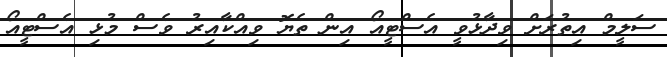
ސަލީމް އިތުރަށް ވިދާޅުވީ އެސްޓީއޯ އިން ތެޔޮ ވިއްކާއިރު ވެސް މުޅި އެސްޓީއޯ